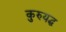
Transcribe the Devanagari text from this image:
कुरुयद्ध